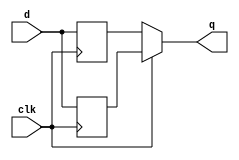
module top_module (
    input clk,
    input d,
    output q
);
    wire pd;
    wire nd;
    assign q = clk?pd:nd;
    always@(posedge clk)
        pd <= d;
    always@(negedge clk)
        nd <= d;
endmodule